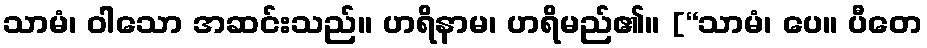
သာမံ၊ ဝါသော အဆင်းသည်။ ဟရိနာမ၊ ဟရိမည်၏။ [“သာမံ၊ ပေ။ ပီတေ